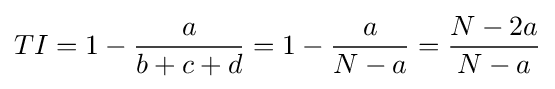
TI=1-{\frac {a}{b+c+d}}=1-{\frac {a}{N-a}}={\frac {N-2a}{N-a}}